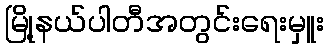
မြို့နယ်ပါတီအတွင်းရေးမှူး